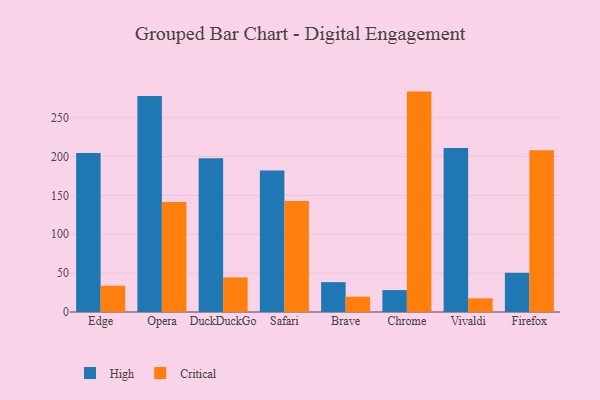
{"axis": {"x": "Browser", "y": "Headcount"}, "legend": ["Critical", "High"], "data": [{"x": "Edge", "y": 204.4, "type": "High"}, {"x": "Edge", "y": 33.8, "type": "Critical"}, {"x": "Opera", "y": 277.8, "type": "High"}, {"x": "Opera", "y": 141.6, "type": "Critical"}, {"x": "DuckDuckGo", "y": 197.7, "type": "High"}, {"x": "DuckDuckGo", "y": 44.5, "type": "Critical"}, {"x": "Safari", "y": 182.1, "type": "High"}, {"x": "Safari", "y": 142.9, "type": "Critical"}, {"x": "Brave", "y": 38.4, "type": "High"}, {"x": "Brave", "y": 19.7, "type": "Critical"}, {"x": "Chrome", "y": 28.2, "type": "High"}, {"x": "Chrome", "y": 283.5, "type": "Critical"}, {"x": "Vivaldi", "y": 211.0, "type": "High"}, {"x": "Vivaldi", "y": 17.6, "type": "Critical"}, {"x": "Firefox", "y": 50.6, "type": "High"}, {"x": "Firefox", "y": 208.1, "type": "Critical"}]}